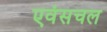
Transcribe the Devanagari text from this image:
एवंसचल